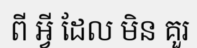
ពី អ្វី ដែល មិន គួរ